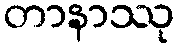
တာနာဿု